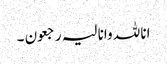
انا للہ وانا لیہ رجعون ۔